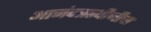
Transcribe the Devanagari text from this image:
आनंदऋषीजीचा